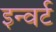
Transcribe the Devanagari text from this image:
इन्वर्ट